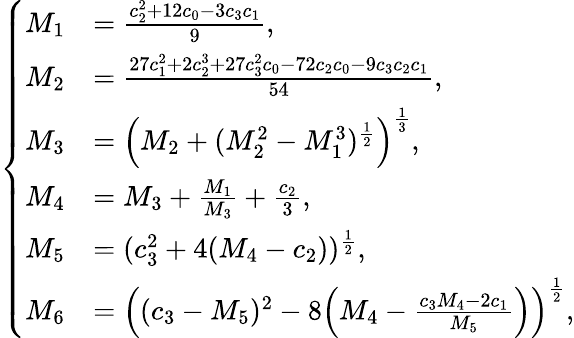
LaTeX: \begin{array}{r}{\left\{ \begin{array}{rl}{M_{1}}&{=\frac{c_{2}^{2}+12c_{0}-3c_{3}c_{1}}{9},}\\ {M_{2}}&{=\frac{27c_{1}^{2}+2c_{2}^{3}+27c_{3}^{2}c_{0}-72c_{2}c_{0}-9c_{3}c_{2}c_{1}}{54},}\\ {M_{3}}&{=\left(M_{2}+(M_{2}^{2}-M_{1}^{3})^{\frac{1}{2}}\right)^{\frac{1}{3}},}\\ {M_{4}}&{=M_{3}+\frac{M_{1}}{M_{3}}+\frac{c_{2}}{3},}\\ {M_{5}}&{=(c_{3}^{2}+4(M_{4}-c_{2}))^{\frac{1}{2}},}\\ {M_{6}}&{=\left((c_{3}-M_{5})^{2}-8\Big(M_{4}-\frac{c_{3}M_{4}-2c_{1}}{M_{5}}\Big)\right)^{\frac{1}{2}},}\end{array}\right.}\end{array}